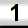
Digit: 1